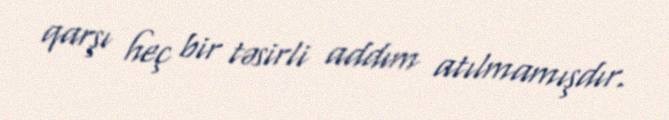
qarşı heç bir təsirli addım atılmamışdır.